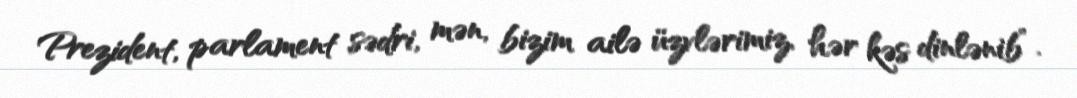
Prezident, parlament sədri, mən, bizim ailə üzvlərimiz, hər kəs dinlənib”.